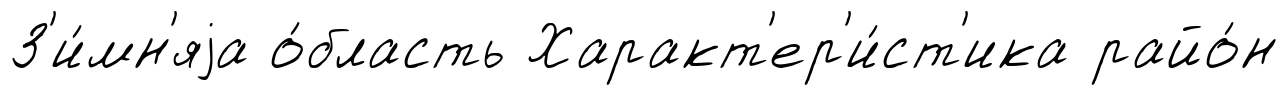
З'и́мн'яjа о́бласть Характ'ер'и́ст'ика райо́н